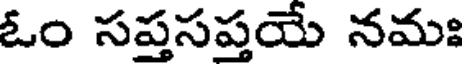
ఓం సప్తసప్తయే నమః